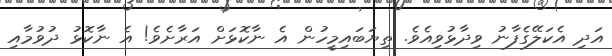
އަދި އެކަލޭގެފާނު ވިދާޅުވިއެވެ. ތިޔަބައިމީހުން އެ ނާކޮޅަށް އަރާށެވެ! އެ ނާކޮޅު ދުވުމާއި